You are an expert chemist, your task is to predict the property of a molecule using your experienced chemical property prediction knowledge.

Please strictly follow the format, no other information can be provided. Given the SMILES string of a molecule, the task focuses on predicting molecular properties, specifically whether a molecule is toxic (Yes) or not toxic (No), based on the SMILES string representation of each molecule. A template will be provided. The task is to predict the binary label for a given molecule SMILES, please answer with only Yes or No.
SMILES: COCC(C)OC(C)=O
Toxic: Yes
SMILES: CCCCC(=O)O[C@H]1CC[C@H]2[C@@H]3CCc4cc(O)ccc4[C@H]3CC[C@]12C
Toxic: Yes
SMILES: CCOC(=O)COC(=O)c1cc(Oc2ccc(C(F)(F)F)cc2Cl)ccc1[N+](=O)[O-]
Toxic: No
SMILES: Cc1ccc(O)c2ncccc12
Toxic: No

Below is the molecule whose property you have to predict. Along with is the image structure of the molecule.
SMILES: C=C(C)C(=O)OCCCCCCOC(=O)C(=C)C
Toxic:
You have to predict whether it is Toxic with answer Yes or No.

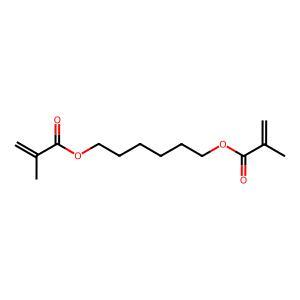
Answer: No